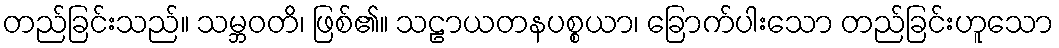
တည်ခြင်းသည်။ သမ္ဘဝတိ၊ ဖြစ်၏။ သဠာယတနပစ္စယာ၊ ခြောက်ပါးသော တည်ခြင်းဟူသော